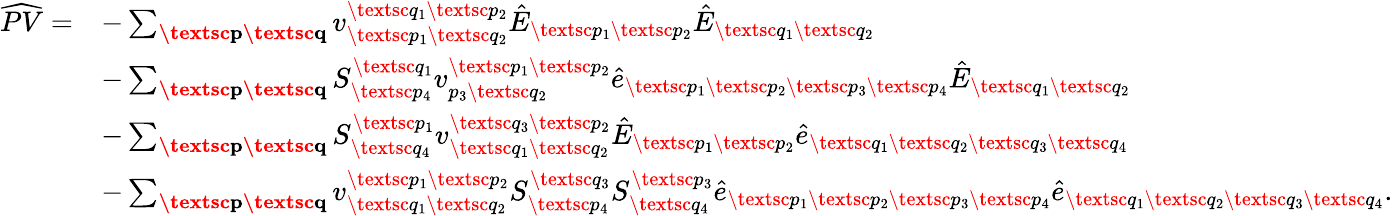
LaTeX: \begin{array}{rl}{\widehat{PV}=}&{-\sum_{\substack{\textbf{\textsc{p}}\textbf{\textsc{q}}}}v_{\textsc{p}_{1}\textsc{q}_{2}}^{\textsc{q}_{1}\textsc{p}_{2}}\hat{E}_{\textsc{p}_{1}\textsc{p}_{2}}\hat{E}_{\textsc{q}_{1}\textsc{q}_{2}}}\\ &{-\sum_{\textbf{\textsc{p}}\textbf{\textsc{q}}}S_{\textsc{p}_{4}}^{\textsc{q}_{1}}{v}_{p_{3}\textsc{q}_{2}}^{\textsc{p}_{1}\textsc{p}_{2}}\hat{e}_{\textsc{p}_{1}\textsc{p}_{2}\textsc{p}_{3}\textsc{p}_{4}}\hat{E}_{\textsc{q}_{1}\textsc{q}_{2}}}\\ &{-\sum_{\textbf{\textsc{p}}\textbf{\textsc{q}}}S_{\textsc{q}_{4}}^{\textsc{p}_{1}}{v}_{\textsc{q}_{1}\textsc{q}_{2}}^{\textsc{q}_{3}\textsc{p}_{2}}\hat{E}_{\textsc{p}_{1}\textsc{p}_{2}}\hat{e}_{\textsc{q}_{1}\textsc{q}_{2}\textsc{q}_{3}\textsc{q}_{4}}}\\ &{-\sum_{\textbf{\textsc{p}}\textbf{\textsc{q}}}{v}_{\textsc{q}_{1}\textsc{q}_{2}}^{\textsc{p}_{1}\textsc{p}_{2}}S_{\textsc{p}_{4}}^{\textsc{q}_{3}}S_{\textsc{q}_{4}}^{\textsc{p}_{3}}\hat{e}_{\textsc{p}_{1}\textsc{p}_{2}\textsc{p}_{3}\textsc{p}_{4}}\hat{e}_{\textsc{q}_{1}\textsc{q}_{2}\textsc{q}_{3}\textsc{q}_{4}}.}\end{array}